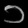
Digit: ၁